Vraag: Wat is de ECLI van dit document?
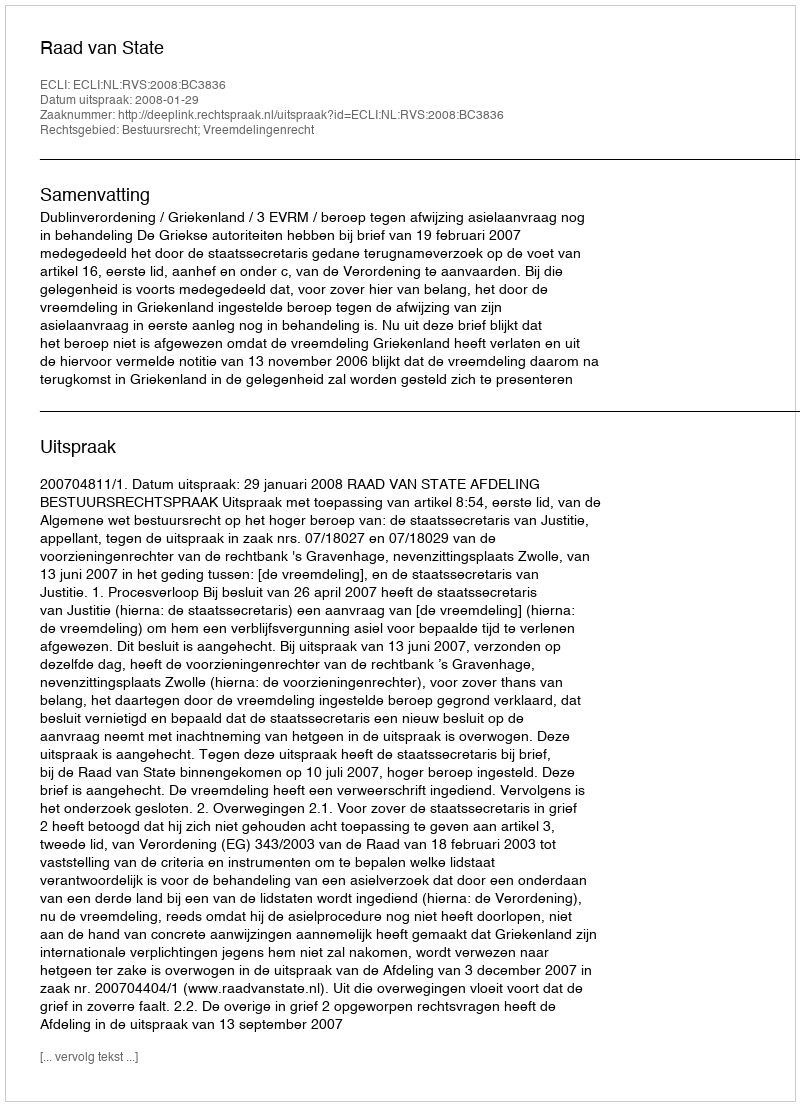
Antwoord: ECLI:NL:RVS:2008:BC3836